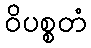
ဝိပစ္စတံ